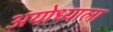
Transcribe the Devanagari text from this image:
अयोध्याला